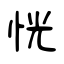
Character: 恍